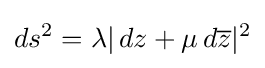
ds^{2}=\lambda |\,dz+\mu \,d{\overline {z}}|^{2}